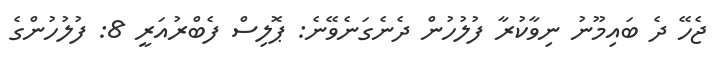
ޖެހޭ ދެ ބައިމޫނު ނިވާކުރާ ފުލުހުން ދެނެގަނެވޭނެ: ޕޮލިސް ފެބްރުއަރީ 8: ފުލުހުންގެ